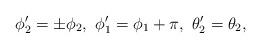
LaTeX: \begin{align*}\phi'_2=\pm\phi_2, \ \phi'_1=\phi_1+\pi, \ \theta'_2=\theta_2, \end{align*}